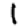
Digit: 1